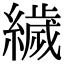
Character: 𦅵